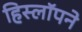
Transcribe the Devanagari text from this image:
हिस्लॉपने